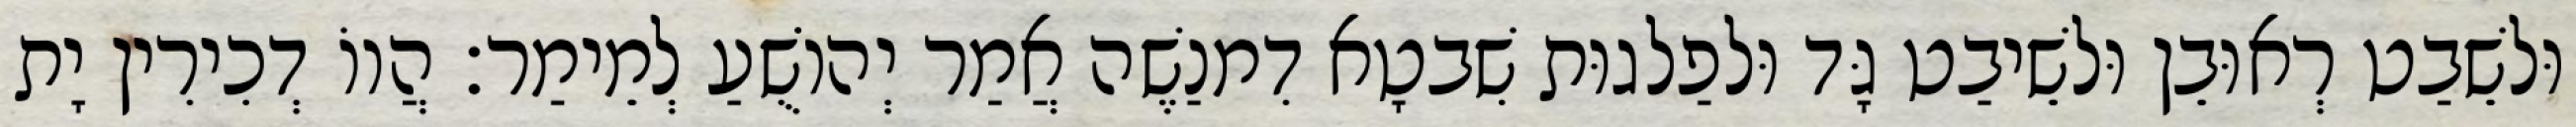
וּלשֵׁבַט רְאוּבֵן וּלשֵׁיבַט גָּד וּלפַלגוּת שִׁבטָא דִמנַשֶׁה אֲמַר יְהוֹשֻׁעַ לְמֵימַר׃ הֲווֹ דְכִירִין יָת